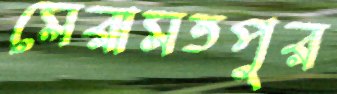
মেরামতপুর